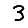
Digit: 3